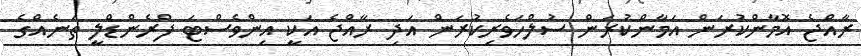
ރާއްޖެ އޮމާންކުރަން އަމާންކުރަން ސުލްހަވެރިކުރަން އަދި ރާއްޖެ އަކީ އިންވެސްޓަ ފްރެންޑްލީ ތަނެއްގެ